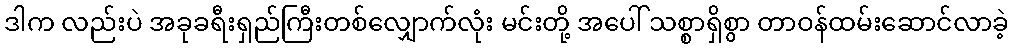
ဒါက လည်းပဲ အခုခရီးရှည်ကြီးတစ်လျှောက်လုံး မင်းတို့ အပေါ် သစ္စာရှိစွာ တာဝန်ထမ်းဆောင်လာခဲ့